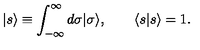
| s \rangle \equiv \int _ { - \infty } ^ { \infty } d \sigma | \sigma \rangle , \qquad \langle s | s \rangle = 1 .